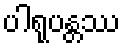
ပါရုပန္တဿ